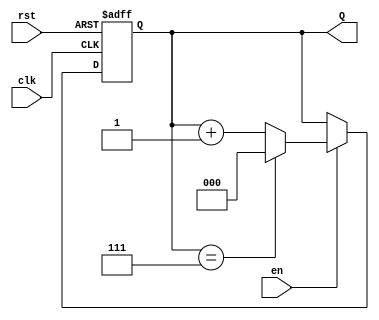
module UpCounter (
    input wire clk,          // Clock input
    input wire en,           // Enable input
    input wire rst,          // Reset input
    output reg [N-1:0] Q     // Count output, N is the width of the counter
);
    parameter N = 3;         // Width of the counter (3 bits for a max count of 7)

    // Internal count variable
    reg [N-1:0] count;

    // Always block for counting
    always @(posedge clk or posedge rst) begin
        if (rst) begin
            count <= 0;      // Reset count to 0
        end else if (en) begin
            if (count == (2**N - 1)) begin
                count <= 0;  // Wrap around to 0 when max value is reached
            end else begin
                count <= count + 1; // Increment count
            end
        end
    end

    // Assign current count to output
    assign Q = count;

endmodule